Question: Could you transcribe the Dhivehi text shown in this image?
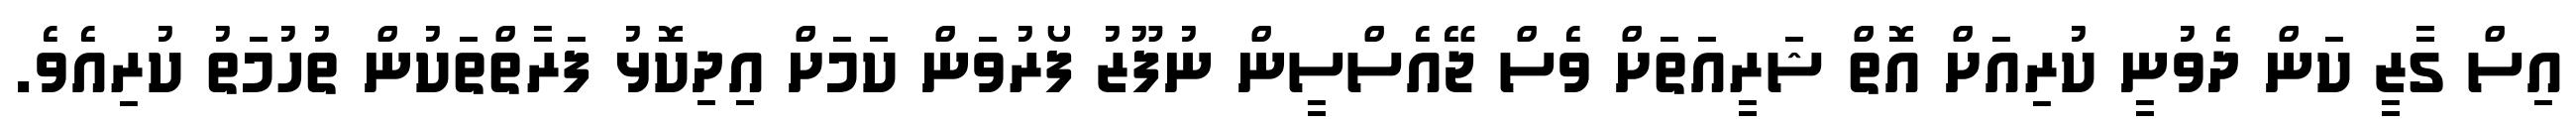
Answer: އިސް ގާޒީ ކަން ދެވުނީ ކުރިއަށް އޮތް ޝަރީއަތަށް ވެސް ޖޭއެސްސީން ނުފޫޒު ފޯރުވަން ކަމަށް އިދިކޮޅު ފަރާތްތަކުން ތުހުމަތު ކުރިއެވެ.